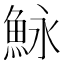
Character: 𩶙